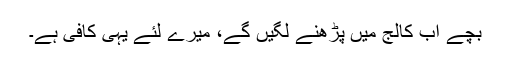
بچے اب کالج میں پڑھنے لگیں گے، میرے لئے یہی کافی ہے۔